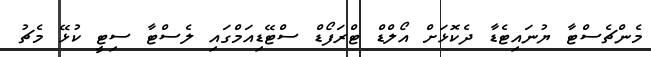
މެންޗެސްޓާ ޔުނައިޓެޑާ ދެކޮޅަށް އޯލްޑް ޓްރަފޯޑް ސްޓޭޑިއަމްގައި ލެސްޓާ ސިޓީ ކުޅޭ މެޗު